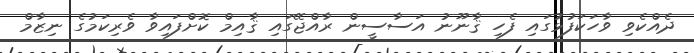
ދެއްކެވި ވާހަކަފުޅުގައި ފެހި ޤާނޫނު އަސާސީން ރާއްޖޭގައި ޤާއިމް ކޮށްފައިވާ ވެރިކަމުގެ ނިޒާމް